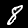
Label: 8